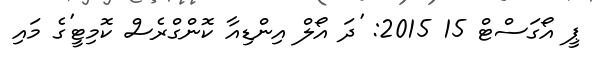
ޕީ އޯގަސްޓް 15 2015: 'ދަ އޯލް އިންޑިއާ ކޮންގްރެސް ކޮމިޓީ'ގެ މައި